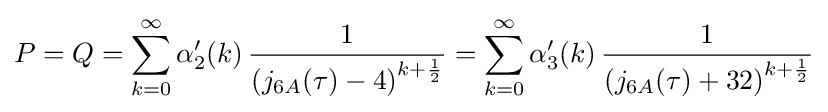
P=Q=\sum _{k=0}^{\infty }\alpha '_{2}(k)\,{\frac {1}{\left(j_{6A}(\tau )-4\right)^{k+{\frac {1}{2}}}}}=\sum _{k=0}^{\infty }\alpha '_{3}(k)\,{\frac {1}{\left(j_{6A}(\tau )+32\right)^{k+{\frac {1}{2}}}}}